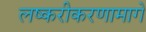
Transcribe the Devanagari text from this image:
लष्करीकरणामागे